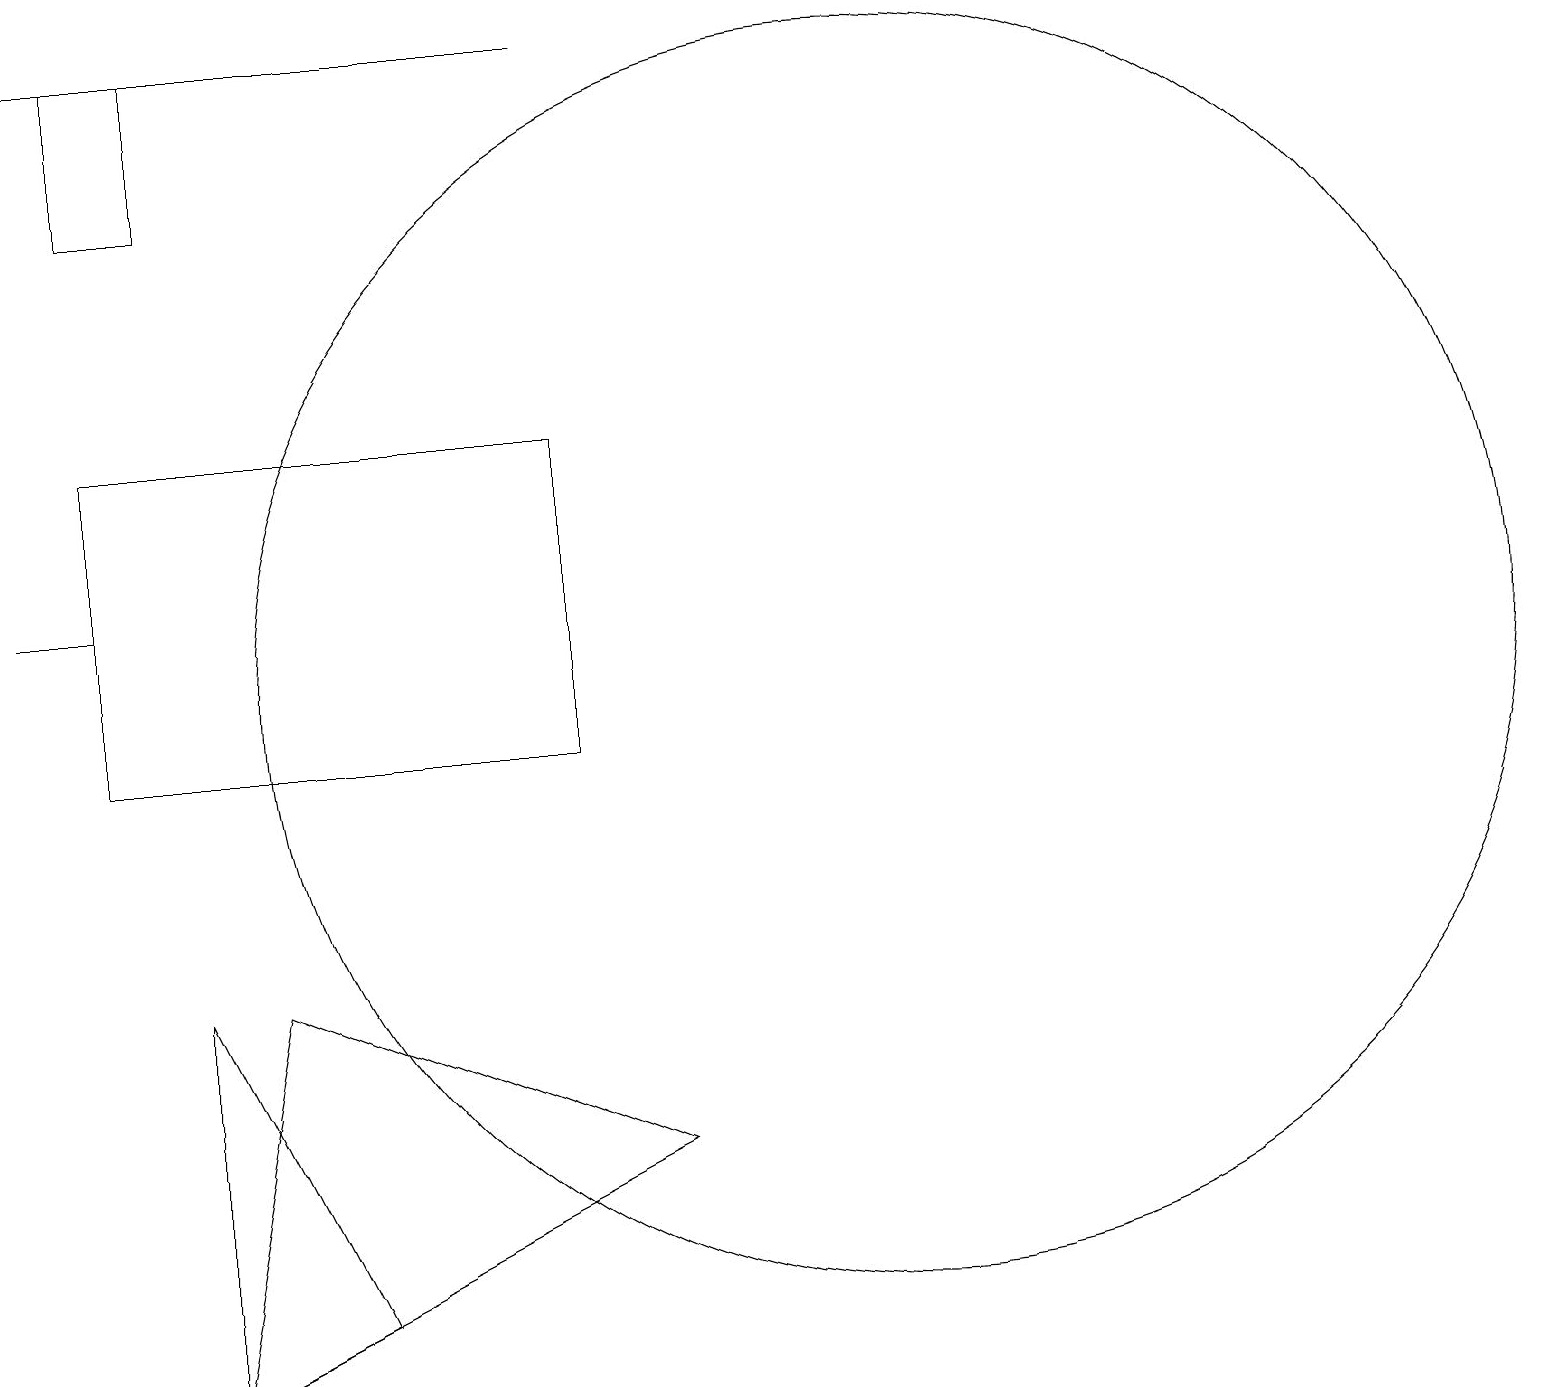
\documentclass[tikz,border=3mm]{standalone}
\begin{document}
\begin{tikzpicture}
\draw (12,11) circle (8);
\draw (8,19) rectangle (1,19);
\draw (2,12) rectangle (1,12);
\draw (4,7) -- (9,5) -- (3,2) -- cycle;
\draw (2,14) rectangle (8,10);
\draw (10,11) circle (0);
\draw (3,19) rectangle (2,17);
\draw (3,2) -- (3,7) -- (5,3) -- cycle;
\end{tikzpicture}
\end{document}